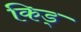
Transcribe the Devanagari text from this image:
किड्